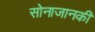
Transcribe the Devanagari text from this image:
सोनाजानकी